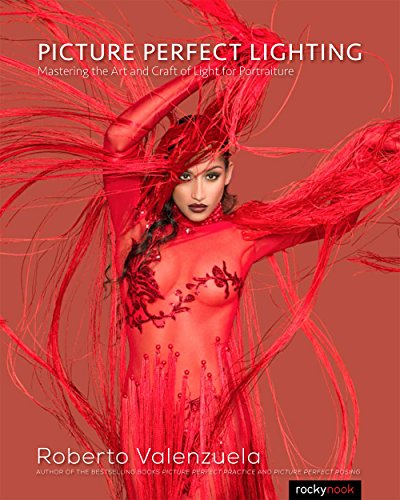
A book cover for Picture Perfect Lighting: Mastering the Art and Craft of Light for Portraiture; Roberto Valenzuela; Arts & Photography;